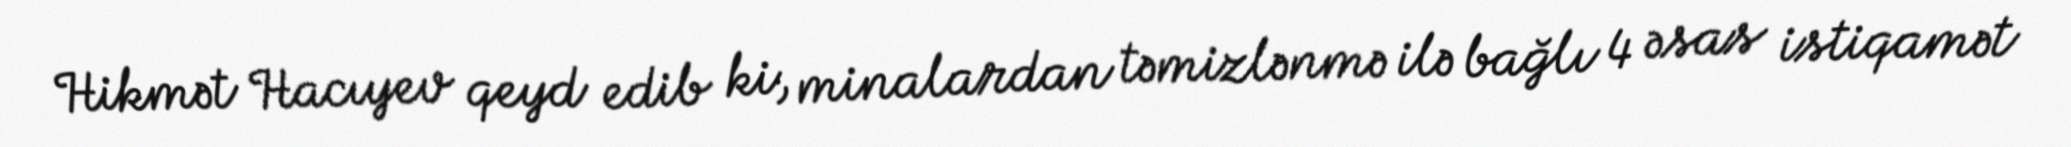
Hikmət Hacıyev qeyd edib ki, minalardan təmizlənmə ilə bağlı 4 əsas istiqamət